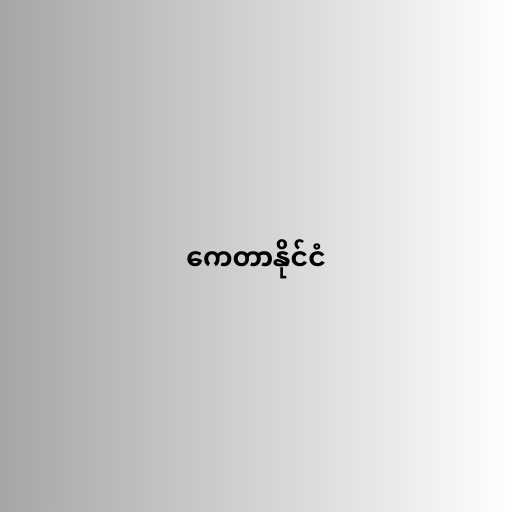
ကေတာနိုင်ငံ